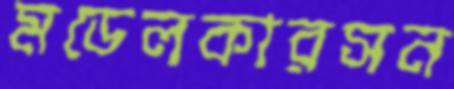
মডেলকারসন